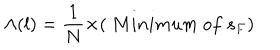
{ \Lambda } ( l ) = \frac { 1 } { N } { \times } ( ~ M i n i m u m ~ o f ~ s _ { F } )